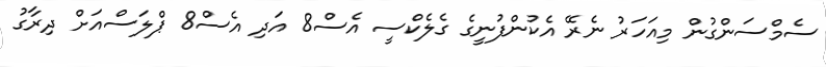
ސެމްސަންގުން މިއަހަރު ނެރޭ އެކުންފުނީގެ ގެލެކްސީ އެސް8 އަދި އެސް8 ޕްލަސްއަށް ދިރާގު